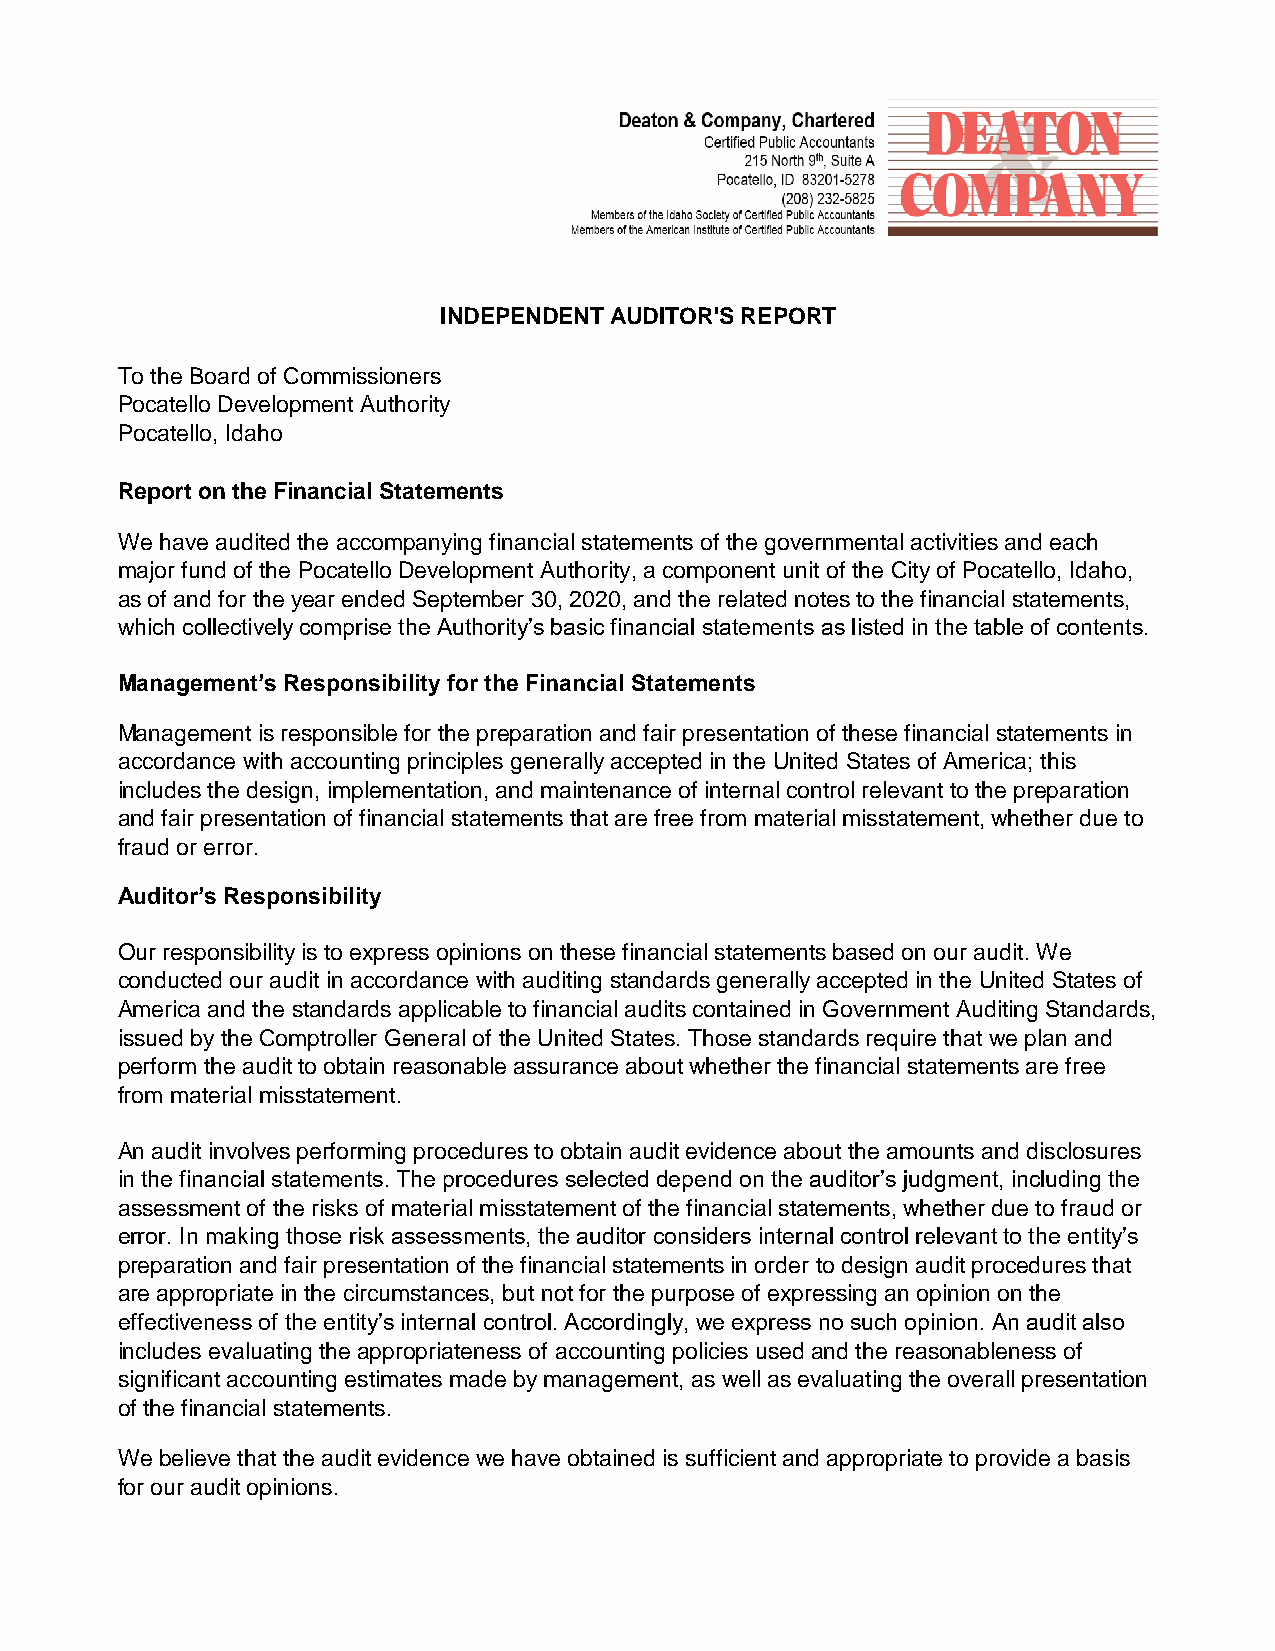
INDEPENDENT AUDITOR'S REPORT
 To the Board of Commissioners
 Pocatello Development Authority
 Pocatello, Idaho
 Report on the Financial Statements
 We have audited the accompanying financial statements of the governmental activities and each
 major fund of the Pocatello Development Authority, a component unit of the City of Pocatello, Idaho,
 as of and for the year ended September 30, 2020, and the related notes to the financial statements,
 which collectively comprise the Authority’s basic financial statements as listed in the table of contents.
 Management’s Responsibility for the Financial Statements
 Management is responsible for the preparation and fair presentation of these financial statements in
 accordance with accounting principles generally accepted in the United States of America; this
 includes the design, implementation, and maintenance of internal control relevant to the preparation
 and fair presentation of financial statements that are free from material misstatement, whether due to
 fraud or error.
 Auditor’s Responsibility
 Our responsibility is to express opinions on these financial statements based on our audit. We
 conducted our audit in accordance with auditing standards generally accepted in the United States of
 America and the standards applicable to financial audits contained in Government Auditing Standards,
 issued by the Comptroller General of the United States. Those standards require that we plan and
 perform the audit to obtain reasonable assurance about whether the financial statements are free
 from material misstatement.
 An audit involves performing procedures to obtain audit evidence about the amounts and disclosures
 in the financial statements. The procedures selected depend on the auditor’s judgment, including the
 assessment of the risks of material misstatement of the financial statements, whether due to fraud or
 error. In making those risk assessments, the auditor considers internal control relevant to the entity’s
 preparation and fair presentation of the financial statements in order to design audit procedures that
 are appropriate in the circumstances, but not for the purpose of expressing an opinion on the
 effectiveness of the entity’s internal control. Accordingly, we express no such opinion. An audit also
 includes evaluating the appropriateness of accounting policies used and the reasonableness of
 significant accounting estimates made by management, as well as evaluating the overall presentation
 of the financial statements.
 We believe that the audit evidence we have obtained is sufficient and appropriate to provide a basis
 for our audit opinions.